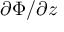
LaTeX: \partial \Phi / \partial { z }